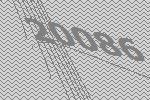
20086